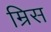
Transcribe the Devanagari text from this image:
म्रिस